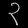
Digit: ၃